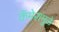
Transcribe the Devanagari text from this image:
कॅमेरांमुळे